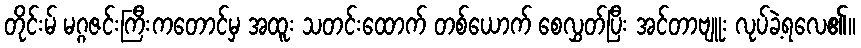
တိုင်းမ် မဂ္ဂဇင်းကြီးကတောင်မှ အထူး သတင်းထောက် တစ်ယောက် စေလွှတ်ပြီး အင်တာဗျူး လုပ်ခဲ့ရလေ၏။